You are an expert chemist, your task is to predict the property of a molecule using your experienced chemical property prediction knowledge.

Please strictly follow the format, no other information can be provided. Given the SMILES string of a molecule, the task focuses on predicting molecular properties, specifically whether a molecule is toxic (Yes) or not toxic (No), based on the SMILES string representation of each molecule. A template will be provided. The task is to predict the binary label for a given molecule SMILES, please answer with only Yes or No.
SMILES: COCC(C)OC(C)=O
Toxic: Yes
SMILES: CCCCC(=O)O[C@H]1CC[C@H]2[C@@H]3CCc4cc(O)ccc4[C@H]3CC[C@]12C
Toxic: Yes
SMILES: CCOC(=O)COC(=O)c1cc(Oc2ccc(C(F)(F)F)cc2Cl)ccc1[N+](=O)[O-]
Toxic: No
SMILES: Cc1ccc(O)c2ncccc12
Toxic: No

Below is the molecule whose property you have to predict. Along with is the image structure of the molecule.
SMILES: COc1ccc2ccccc2c1
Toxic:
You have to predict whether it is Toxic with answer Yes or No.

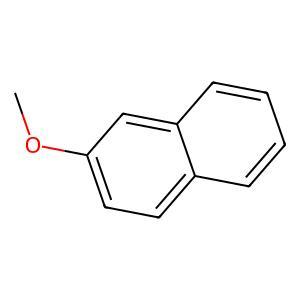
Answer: No